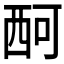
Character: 𧟫